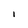
Character: i